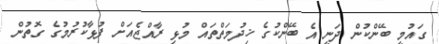
ގައުމީ ބޭންކުން ދަނީ އެ ބޭންކުގެ ޚިދުމަތްތައް މުޅި ރާއްޖެއަށް ފުޅާކުރުމުގެ ގޮތުން